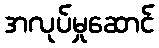
အလုပ်မှုဆောင်